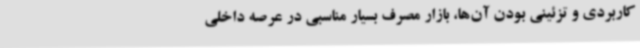
کاربردی و تزئینی بودن آن‌ها، بازار مصرف بسیار مناسبی در عرصه داخلی